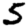
Digit: 5